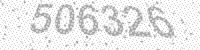
Solution: 506326